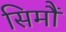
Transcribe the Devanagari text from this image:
सिमौं